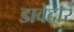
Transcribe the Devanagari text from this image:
डावेदार